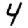
Digit: 4